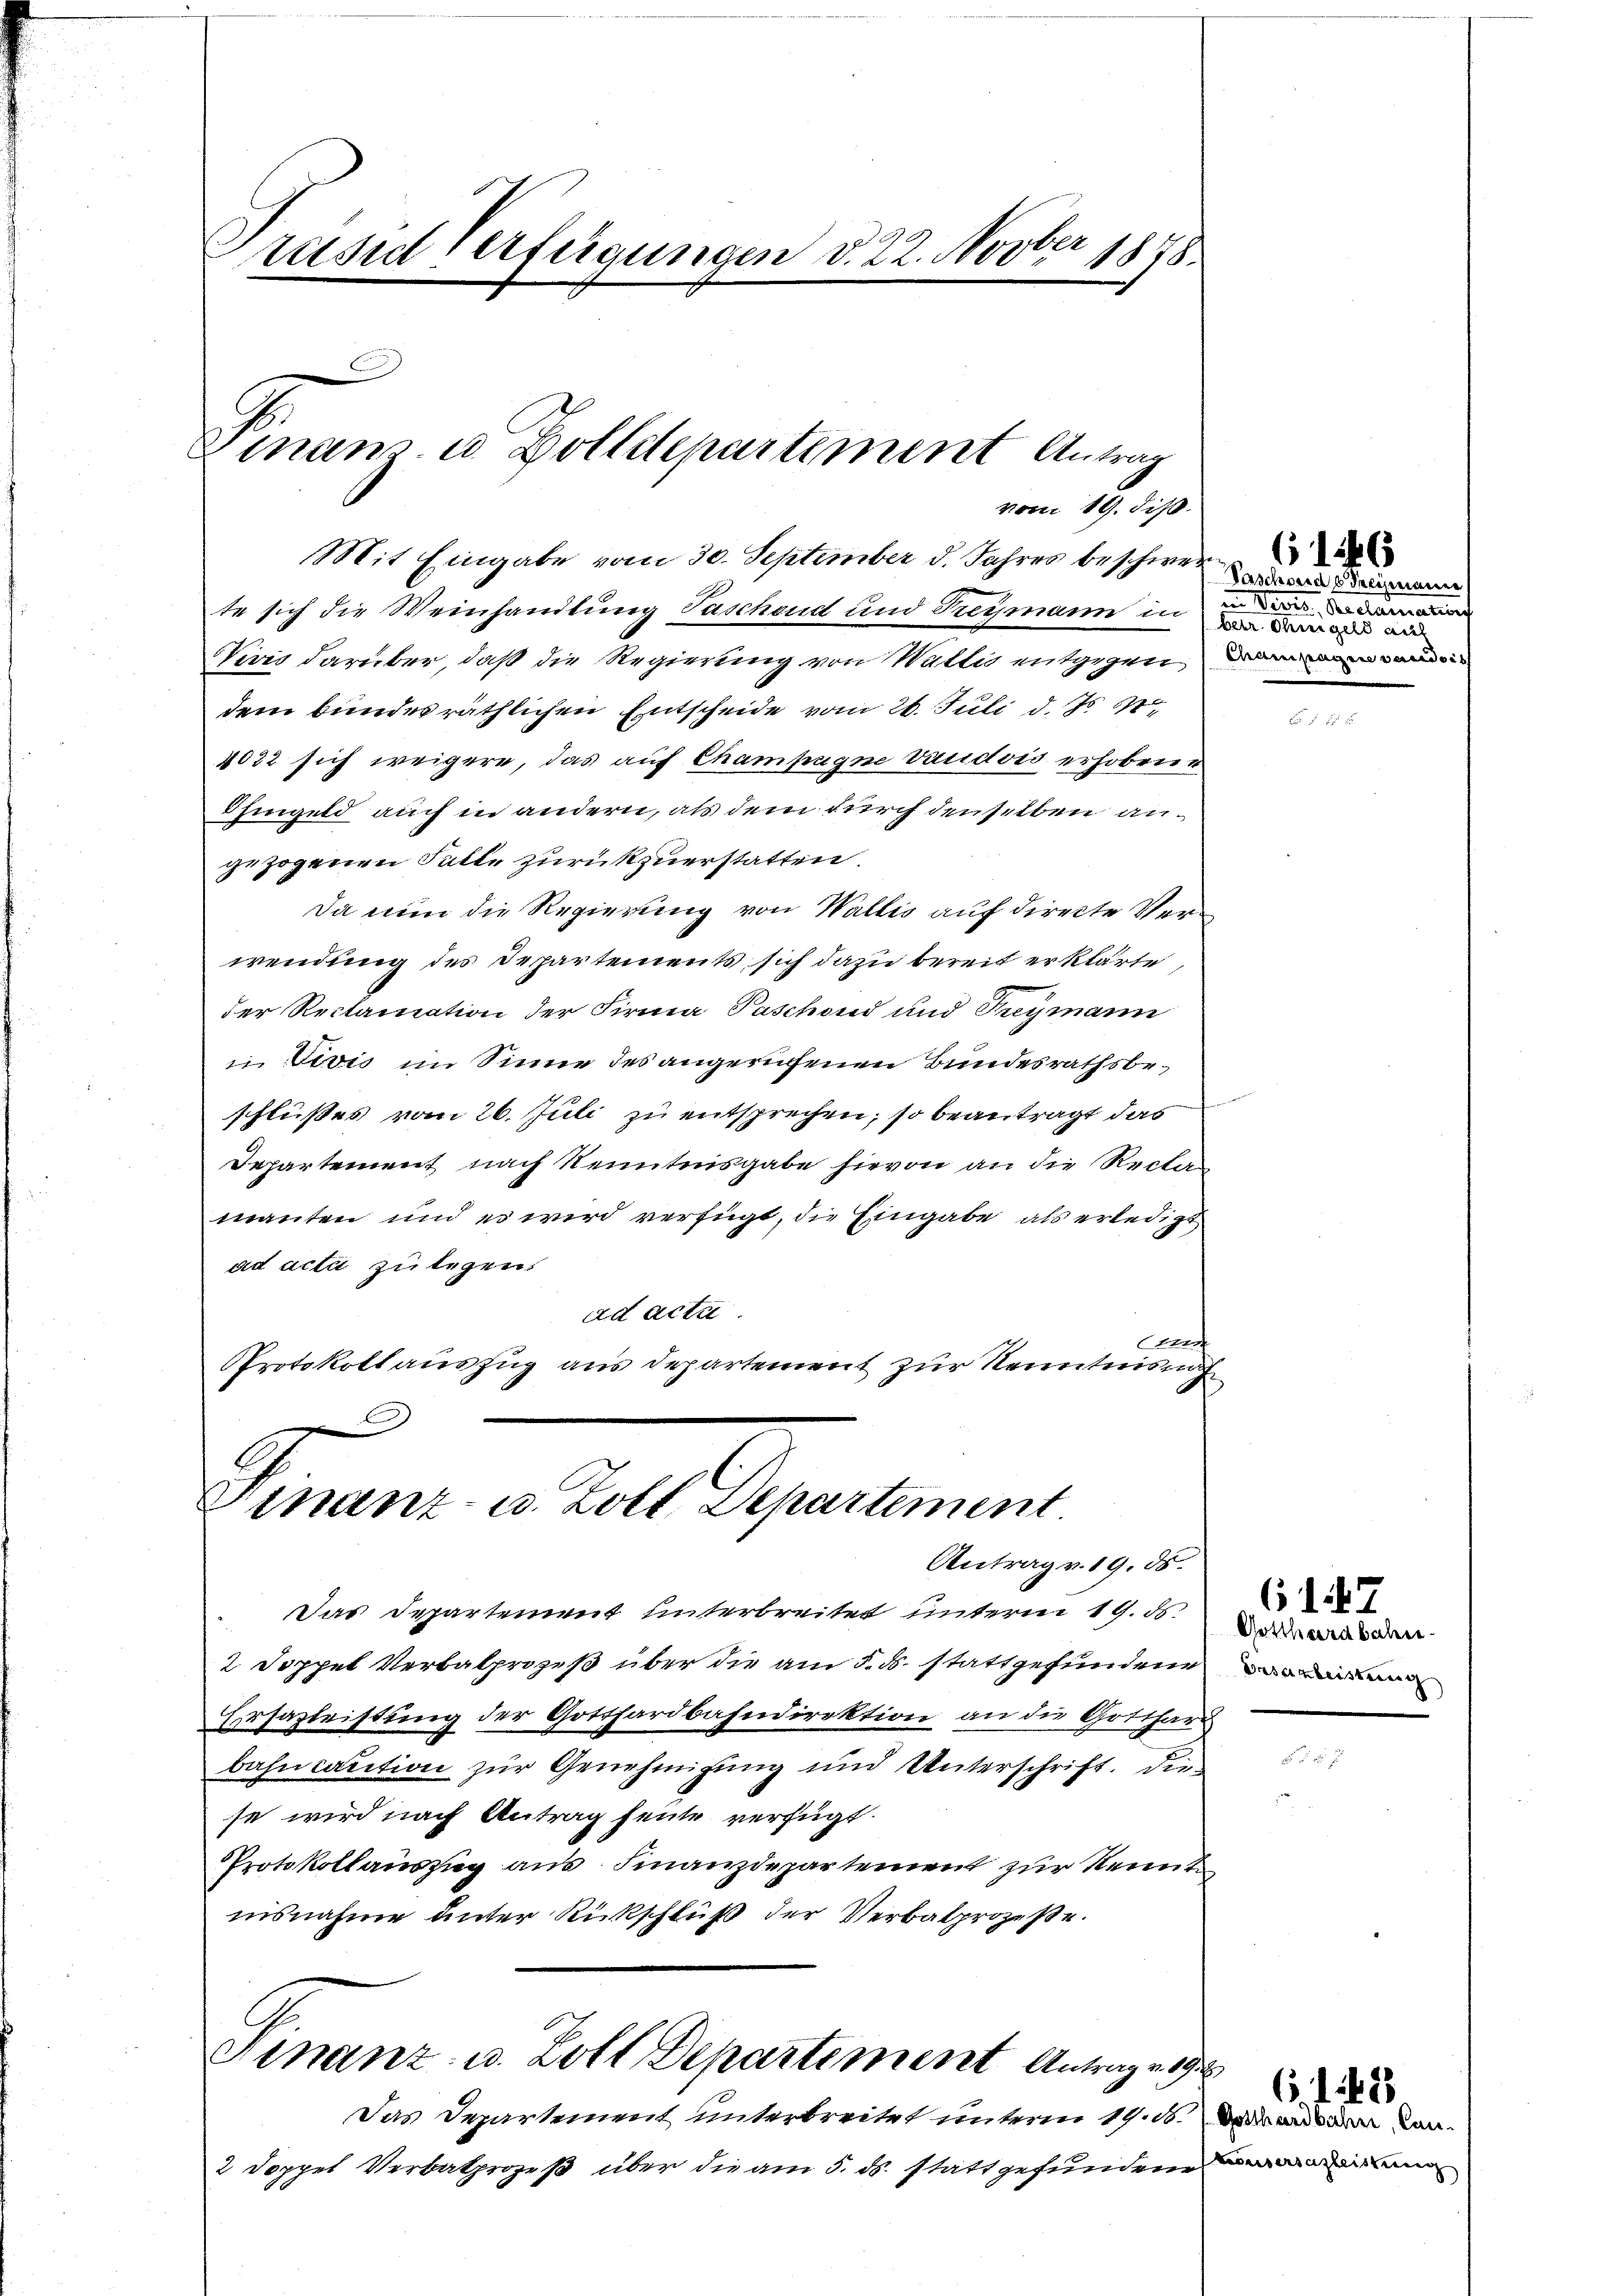
Präsid Verfügungen d. 22. Novber 1878.

Mit Eingabe vom 30. September d. Jahres beschwerte sich die Weinhandlung Taschend und Treymann in in de
Viris darüber, daß die Regierung von Wattes entgegen a
dem bundes räthlichen Entscheide vom 26. Juli d. Js.
1022 sich weigere, das auf Champagne vaudois erhobene
Ohingeld auch in andern, als dem durch denselben angezogenen Falle zurückzuerstatten.
Da nun die Regierung von Wallis auf directe Verwendung des Departements, sich dazu bereit erklärte,
der Reclamation der Firma Paschond und Frymann
 Fović im Sinne des angerufenen Bundesrathsbeschlußes vom 26. Juli zu entsprechen; so beantragt das
Departement nach Kenntnisgabe hievon an die Reclamanten und es wird verfügt, die Eingabe als erledigt
ad acti zu legen.
ad acta
Straf
Protokollauszug aus Departement zur Kenntnis nich

Finanz- u. Zolldepartement Antrag

vom 19. diß.

Finanz- u. Zoll Departement.
Antrag v. 19. ds.

Das Departement unterbreitet unterm 19. ds.
2 Doppel Verbalprozeß über die am 5. ds. stattgefundene
Errsazleistung der Gotthardbahndirektion an die Gotthard
bahncaution zur Genehmigung und Unterschrift. Die-
se wird nach Antrag heute verfügt:
Protokollauszug aus Finanzdepartement zur Kennt
nisnahme unter Rückschluß der Verbalprozeße.

Finanz- u. Zott Departement Antrage

Tascheid b dreimanne
ber Steigel an die

Das Departement unterbreitet unterm 19. ds. das aus an kan-
2 Doppel Verbalprozeß über die am 5. ds. stattgefunden in

61. 187
Gotthardbahre
Besarbeistrauch

6.12